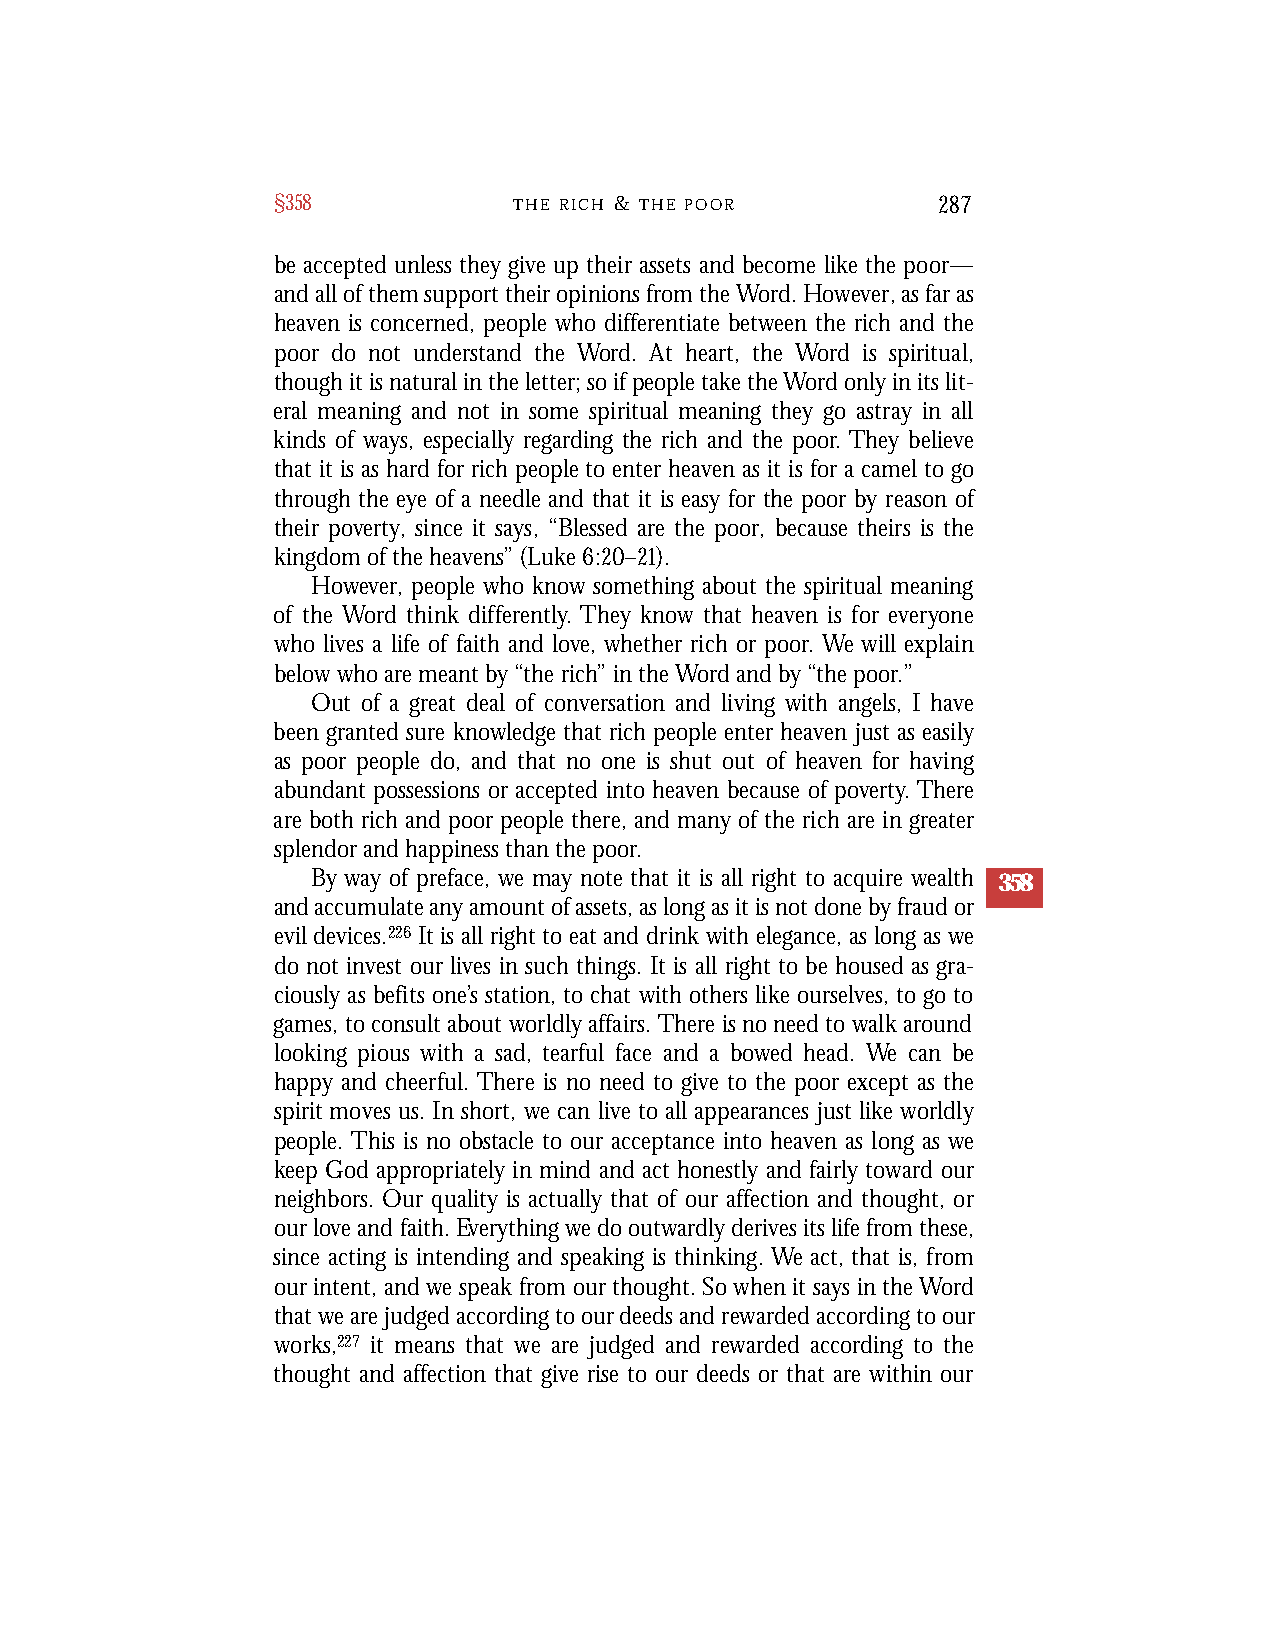
§358            T H E R I C H & T H E P O O R 287
 be accepted unless they give up their assets and become like the poor—
 and all of them support their opinions from the Word. However, as far as
 heaven is concerned, people who differentiate between the rich and the
 poor do not understand the Word. At heart, the Word is spiritual,
 though it is natural in the letter; so if people take the Word only in its lit-
 eral meaning and not in some spiritual meaning they go astray in all
 kinds of ways, especially regarding the rich and the poor. They believe
 that it is as hard for rich people to enter heaven as it is for a camel to go
 through the eye of a needle and that it is easy for the poor by reason of
 their poverty, since it says, “Blessed are the poor, because theirs is the
 kingdom of the heavens” (Luke 6:20–21).
 However, people who know something about the spiritual meaning
 of the Word think differently. They know that heaven is for everyone
 who lives a life of faith and love, whether rich or poor. We will explain
 below who are meant by “the rich” in the Word and by “the poor.”
 Out of a great deal of conversation and living with angels, I have
 been granted sure knowledge that rich people enter heaven just as easily
 as poor people do, and that no one is shut out of heaven for having
 abundant possessions or accepted into heaven because of poverty.There
 are both rich and poor people there, and many of the rich are in greater
 splendor and happiness than the poor.
 By way of preface, we may note that it is all right to acquire wealth 358
 and accumulate any amount of assets, as long as it is not done by fraud or
 evil devices.226 It is all right to eat and drink with elegance, as long as we
 do not invest our lives in such things. It is all right to be housed as gra-
 ciously as befits one’s station, to chat with others like ourselves, to go to
 games, to consult about worldly affairs. There is no need to walk around
 looking pious with a sad, tearful face and a bowed head. We can be
 happy and cheerful. There is no need to give to the poor except as the
 spirit moves us. In short, we can live to all appearances just like worldly
 people. This is no obstacle to our acceptance into heaven as long as we
 keep God appropriately in mind and act honestly and fairly toward our
 neighbors. Our quality is actually that of our affection and thought, or
 our love and faith. Everything we do outwardly derives its life from these,
 since acting is intending and speaking is thinking. We act, that is, from
 our intent, and we speak from our thought. So when it says in the Word
 that we are judged according to our deeds and rewarded according to our
 works,227 it means that we are judged and rewarded according to the
 thought and affection that give rise to our deeds or that are within our